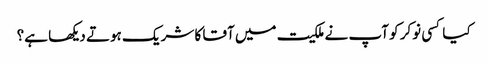
کیا کسی نوکر کو آپ نے ملکیت میں آقا کا شریک ہوتے دیکھا ہے؟